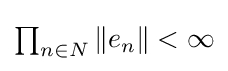
{\textstyle \prod _{n\in N}{\|e_{n}\|}<\infty }